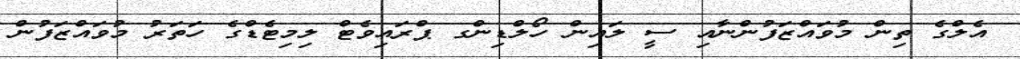
އެލްގެ ތިން މުވައްޒަފުންނާއި ސީ ލައިން ހޯލްޑިންގ ޕްރައިވެޓް ލިމިޓެޑްގެ ހަތަރު މުވައްޒަފުން